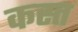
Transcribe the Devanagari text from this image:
कस्त